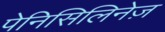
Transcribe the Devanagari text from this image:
पेनिसिलिनेज़